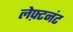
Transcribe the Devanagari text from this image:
लेफ़्टनंट